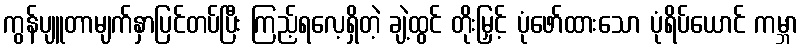
ကွန်ပျူတာမျက်နှာပြင်တပ်ပြီး ကြည့်ရလေ့ရှိတဲ့ ချဲ့ထွင် တိုးမြှင့် ပုံဖော်ထားသော ပုံရိပ်ယောင် ကမ္ဘာ